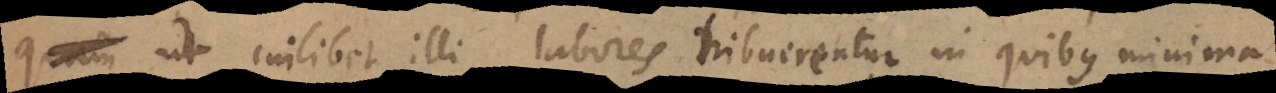
cuilibet illi labores tribuerentur in quibus minima